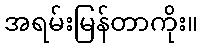
အရမ်းမြန်တာကိုး။